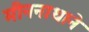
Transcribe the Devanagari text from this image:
मीननाथाने